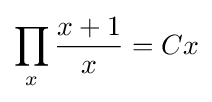
\prod _{x}{\frac {x+1}{x}}=Cx